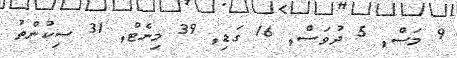
9 މަސް